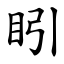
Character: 䀕